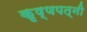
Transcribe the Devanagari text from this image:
कृष्णपत्‍नी